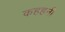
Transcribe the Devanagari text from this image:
कहहनी